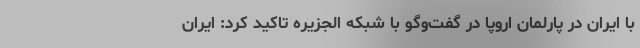
با ایران در پارلمان اروپا در گفت‌وگو با شبکه الجزیره تاکید کرد: ایران